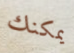
يمكنك